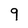
Character: 9